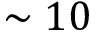
\sim 1 0